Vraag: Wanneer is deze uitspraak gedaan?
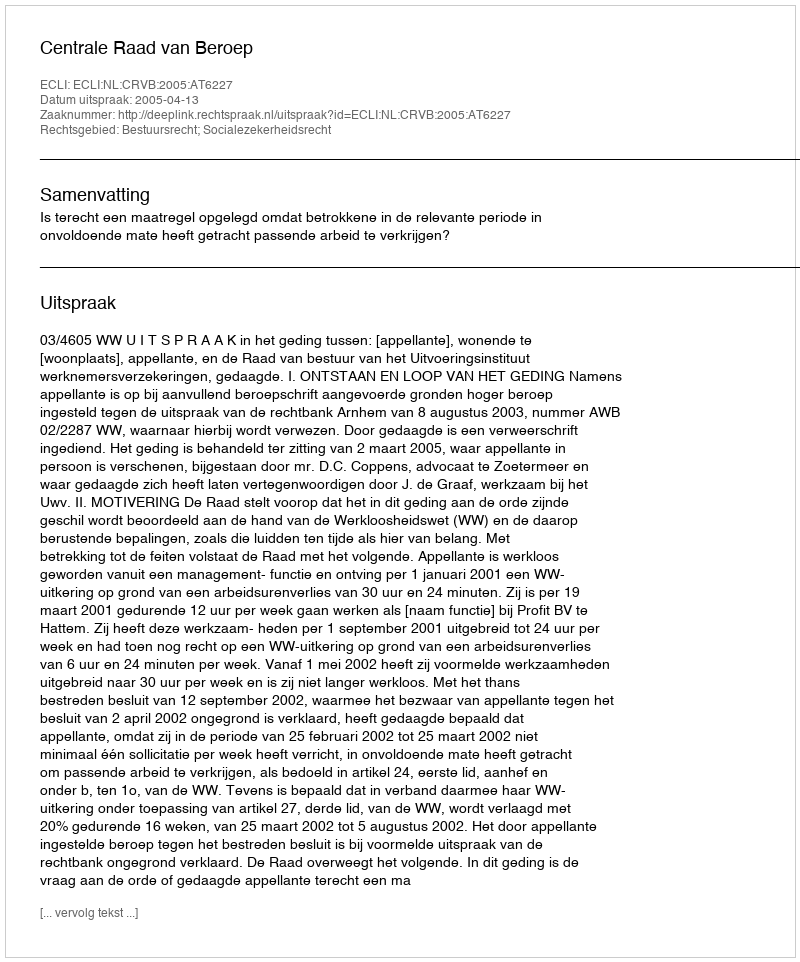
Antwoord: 2005-04-13